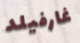
غارفيلد